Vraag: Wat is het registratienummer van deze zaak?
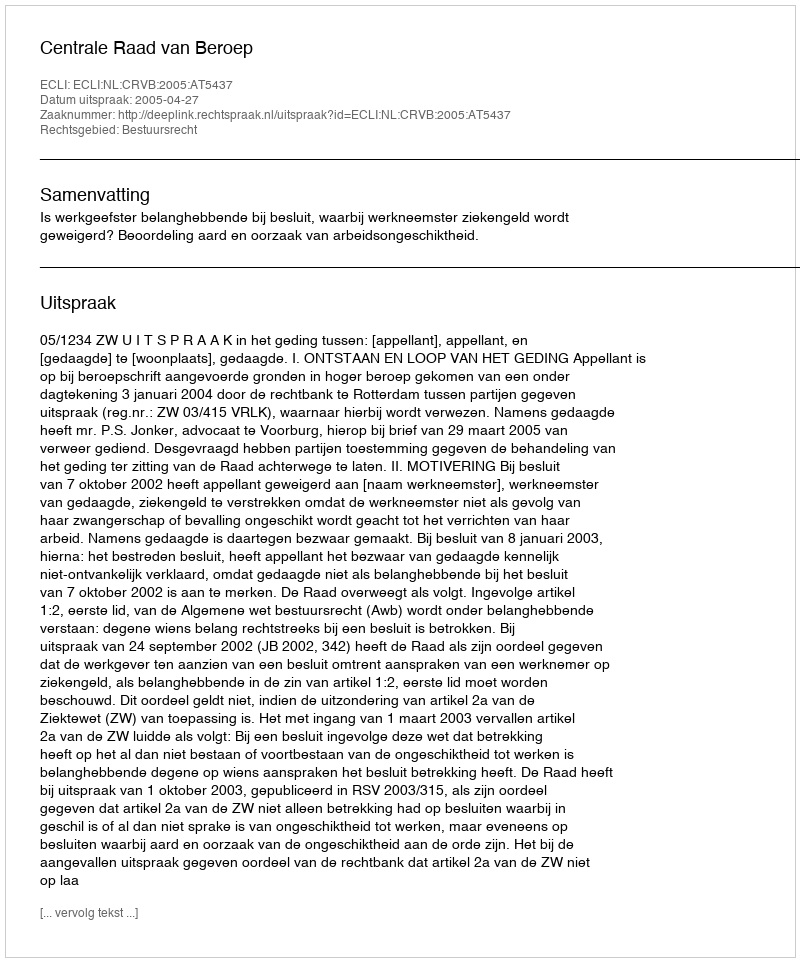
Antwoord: http://deeplink.rechtspraak.nl/uitspraak?id=ECLI:NL:CRVB:2005:AT5437